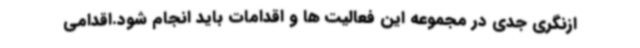
ازنگری جدی در مجموعه این فعالیت ها و اقدامات باید انجام شود.اقدامی